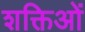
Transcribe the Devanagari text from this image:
शक्तिओं